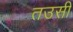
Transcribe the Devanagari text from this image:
तउसी